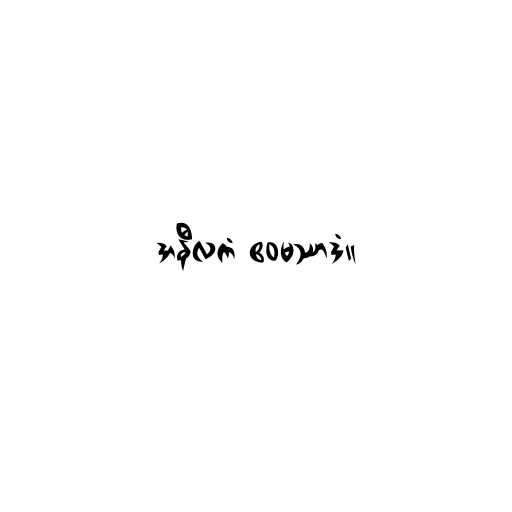
အနီလကံ ဧဝမဿာဒံ။